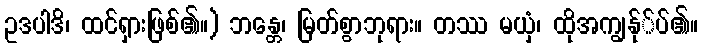
ဥဒပါဒိ၊ ထင်ရှားဖြစ်၏။) ဘန္တေ၊ မြတ်စွာဘုရား။ တဿ မယှံ၊ ထိုအကျွန်ု်ပ်၏။